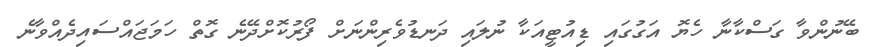
ބޭނުންވާ ގަސްކާނާ ހެޔޮ އަގުގައި ޑިއުޓީއަކާ ނުލައި ދަނޑުވެރިންނަށް ފޯރުކޮށްދޭނެ ގޮތް ހަމަޖައްސައިދެއްވާނެ